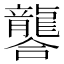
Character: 𮯚